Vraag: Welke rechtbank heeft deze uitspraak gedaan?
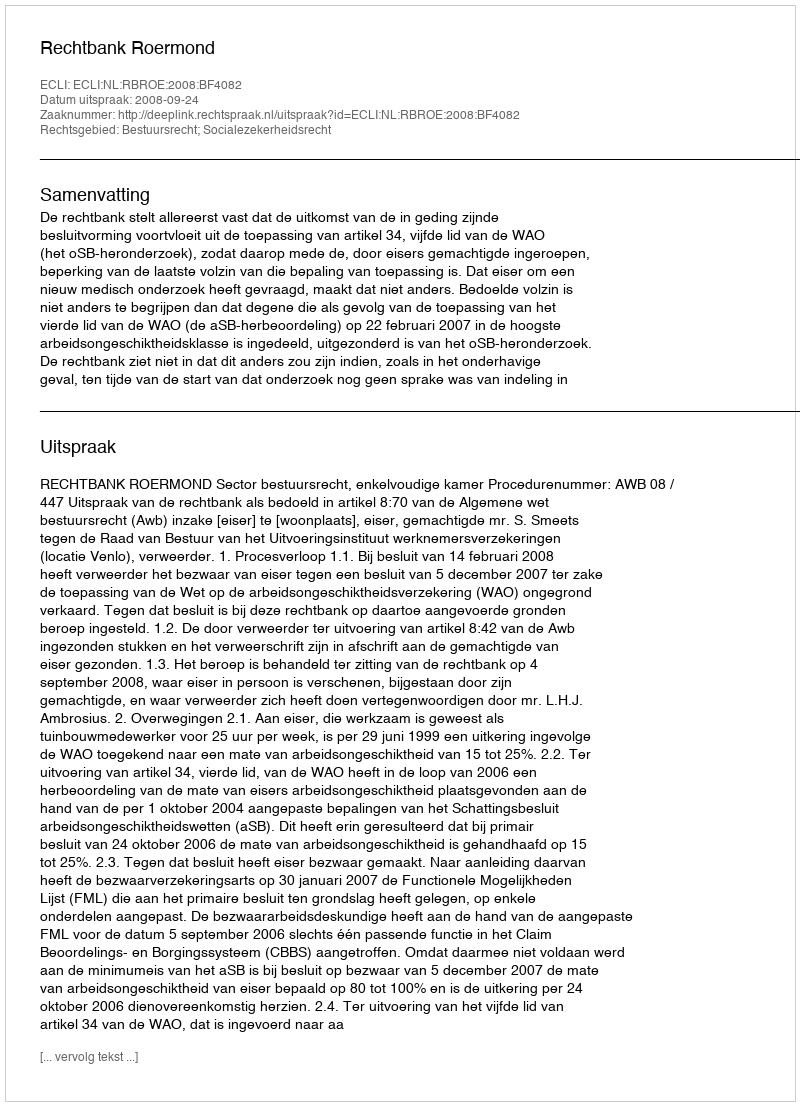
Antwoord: Rechtbank Roermond